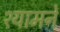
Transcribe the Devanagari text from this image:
श्यामने